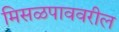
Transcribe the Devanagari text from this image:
मिसळपाववरील